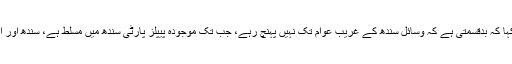
ڈاکٹر فردوس عاشق اعوان نے کہا کہ بدقسمتی ہے کہ وسائل سندھ کے غریب عوام تک نہیں پہنچ رہے، جب تک موجودہ پیپلز پارٹی سندھ میں مسلط ہے، سندھ اور اس کے عوام کا بھلا ممکن نہیں۔